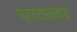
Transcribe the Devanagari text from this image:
प्रत्याम्नाय